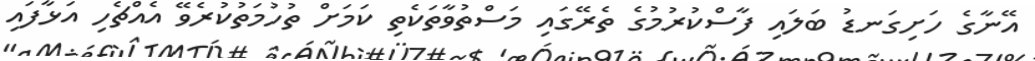
އޭނާގެ ހަށިގަނޑު ބަލައި ފާސްކުރުމުގެ ތެރޭގައި މަސްތުވާތަކެތި ކަމަށް ތުހުމަތުކުރެވޭ އެއްޗެހި އަޅާފައި